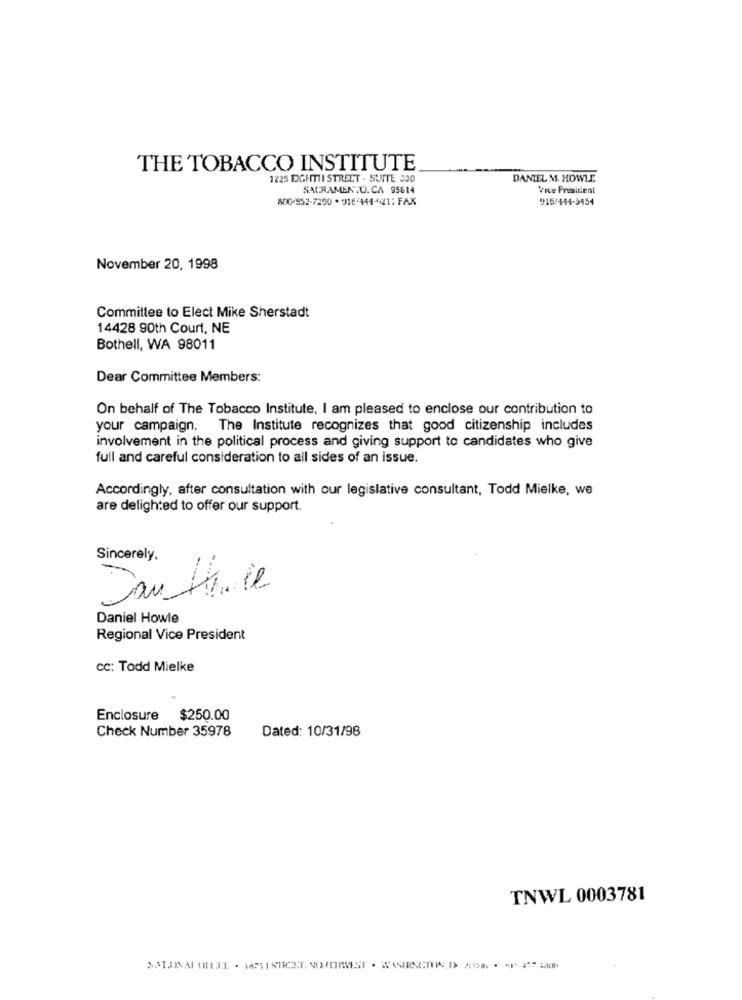
THE TOBACCO INSTITUTE
1225 EIGHTTI STREET . SUITE 300
DANIEL M. HOWLE
SACRAMEN.Q.CA 95614
Vice President
800-952-7290 * 916444-21; FAX
915/444-3454
November 20, 1998
Committee to Elect Mike Sherstadt
14428 90th Court, NE
Bothell, WA 98011
Dear Committee Members:
On behalf of The Tobacco Institute, I am pleased to enclose our contribution to
your campaign. The Institute recognizes that good citizenship includes
involvement in the political process and giving support to candidates who give
full and careful consideration to all sides of an issue.
Accordingly, after consultation with our legislative consultant, Todd Mielke, we
are delighted to offer our support.
Sincerely,
Jan Hace
Daniel Howle
Regional Vice President
cc: Todd Mielke
Enclosure $250.00
Check Number 35978
Dated: 10/31/98
TNWL 0003781